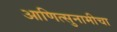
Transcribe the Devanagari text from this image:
आणित्सुनामीचा